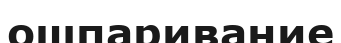
ошпаривание